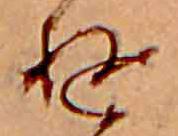
ゆ